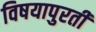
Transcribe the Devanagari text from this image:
विषयापुरती